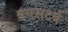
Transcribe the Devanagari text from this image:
इएसटर्न